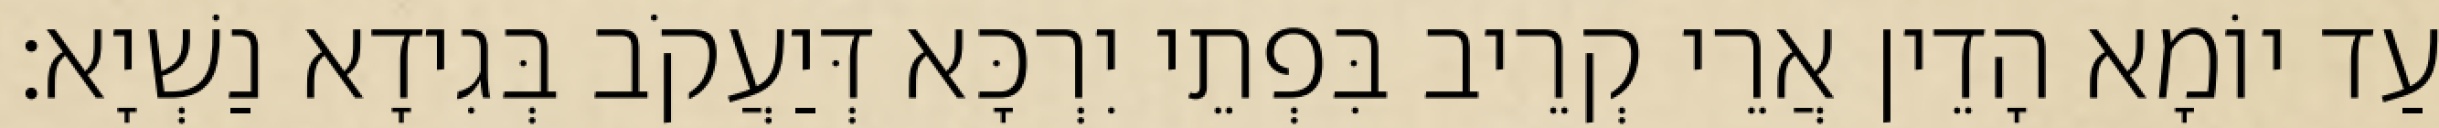
עַד יוֹמָא הָדֵין אֲרֵי קְרֵיב בִּפְתֵי יִרְכָּא דְּיַעֲקֹב בְּגִידָא נַשְׁיָא׃